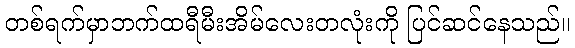
တစ်ရက်မှာဘက်ထရီမီးအိမ်လေးတလုံးကို ပြင်ဆင်နေသည်။